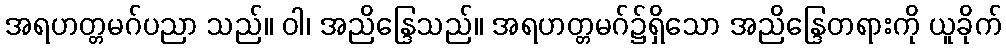
အရဟတ္တမဂ်ပညာ သည်။ ဝါ၊ အညိန္ဒြေသည်။ အရဟတ္တမဂ်၌ရှိသော အညိန္ဒြေတရားကို ယူခိုက်